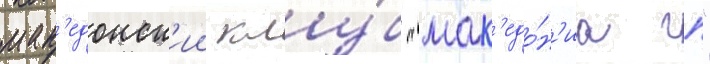
мак'едонск'ии клу́б "мак'едо́н'иа гп"